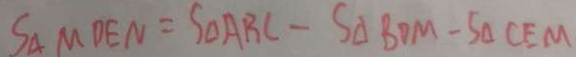
S _ { \Delta } M D E N = S _ { \Delta } A B C - S _ { \Delta } B D M - S _ { \Delta } C E M